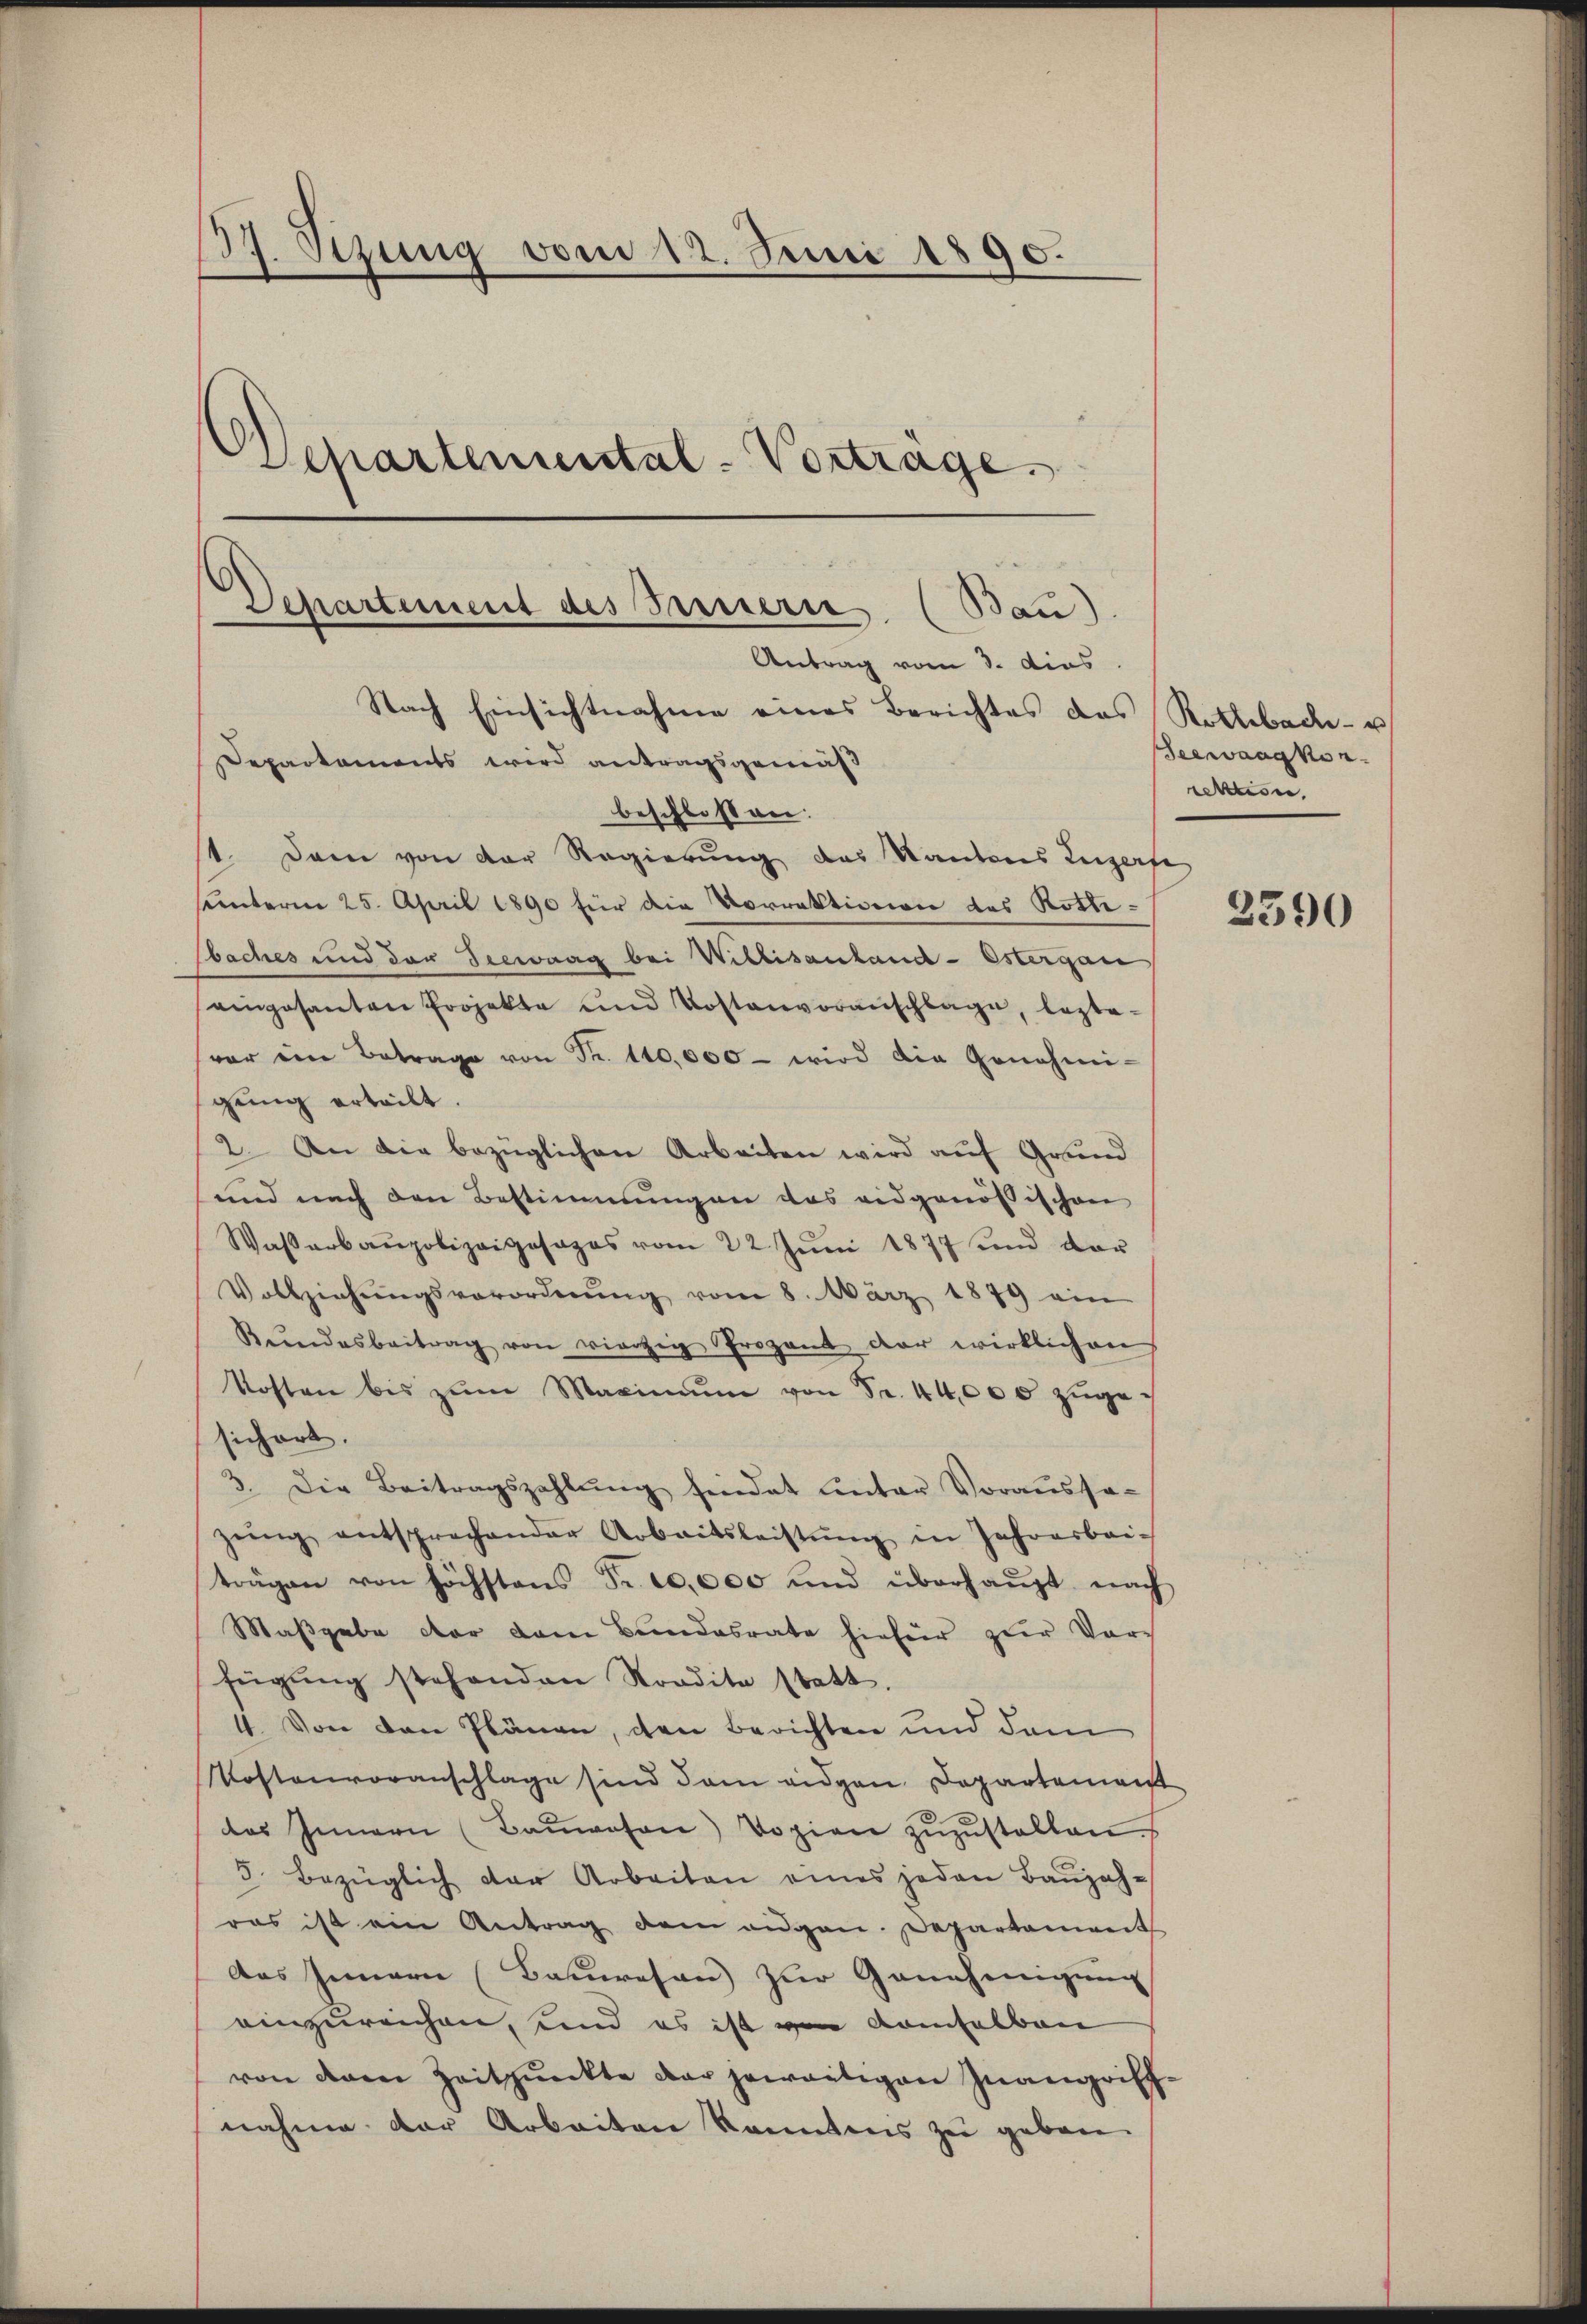
137. Sezung vom 12. Juni 1890.
Departemental-Vortrage.

st. Dann von der Regierung des Kantons Zugerfe
hämterm 25. April 1890 für die Vorrektionen des Rottebaches und der Seewaag bei Willisauland - Estergan
eingesanten Projekte und Kostenvoranschlage, lezte-
vor in Betrage von Fr. 110,000 - wird die Genehmi-
gŭng erteilt.
2. An die bezüglichen Arbeiten wird auf Grund
und nach den Bestimmungen das eidgenössischen
Waßerbaupolizeigesages vom 22 Juni 1877 und dar
Vollziehŭngsverordnŭng vom 8. März 1879 ein
Rŭndesbeitrag von vierzig Prozent der wirklichen
Kosten bis zŭm Maximŭm von Fr. 44,000 zŭgesichert.
3. Die Beitragszahlŭng findet unter Voraussazeing entsprechender Arbeitsleistŭng in Jahresbai-
trägen von höchstens Fr. 10,000 und überhaupt nach
Maßgabe der dem Bundesrate hiefür zur Vor-
fügŭng stehenden Nordita statt.
4. Von den Plänen, den Berichten und dem
Kostenvoranschlage sind dem eidgen Departement
des Innern (Baŭwesen) Vopien zŭzŭstellen
5. bezüglich der Arbeiten eines jeden Baŭjah-
ras ist ein Antrag dem angen. Departament
das Innern (Bauwesen zur Genehmigung
einzureichen, und es ist von demselben
von deren Zeitpunkte der jeweitigen Inangriff-
nahme der Arbeiten kanntens zu geben.

Departement des Sauern (Bau).
Antrag vom 3. dies
Nach Einsichtnahme eines Berichtes des Rothbad- u
Departements wird antragsgemäß
beschlossen:

Seewaagkon.
rektion.

2390